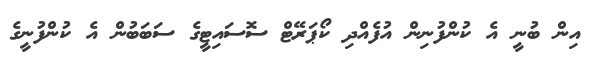
އިން ބުނީ އެ ކުންފުނިން އުފެއްދި ކޯޕަރޭޓް ސޮސައިޓީގެ ސަބަބުން އެ ކުންފުނީގެ